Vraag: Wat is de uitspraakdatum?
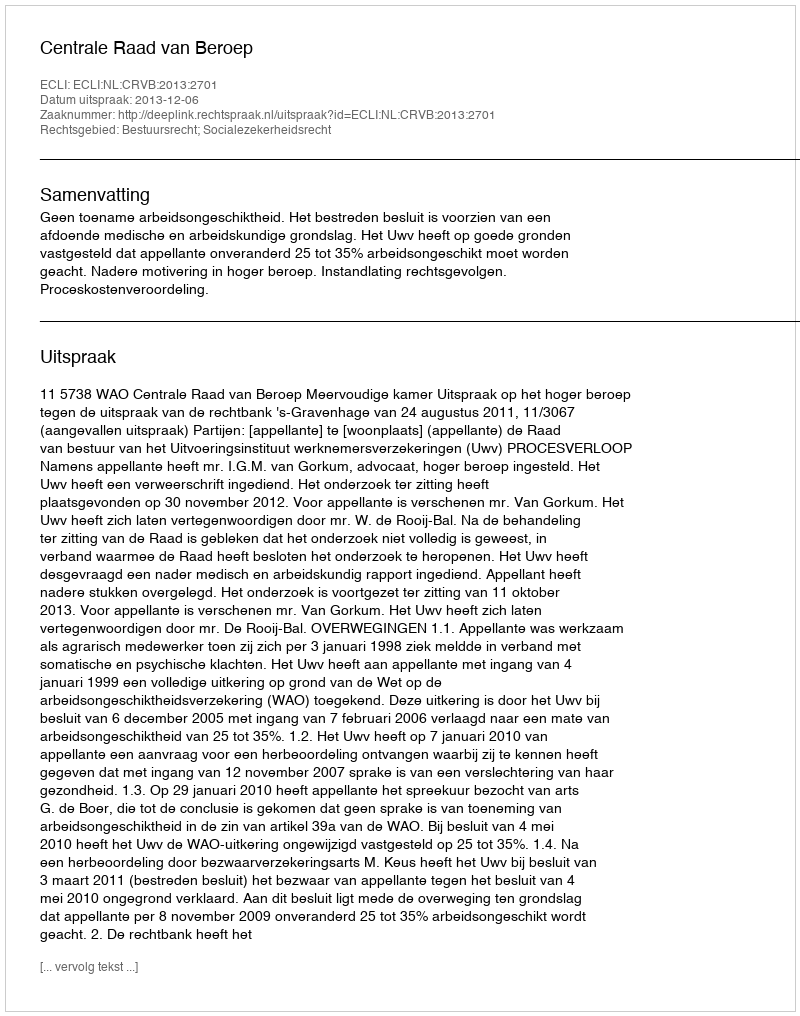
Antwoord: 2013-12-06